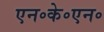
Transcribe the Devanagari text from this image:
एन॰के॰एन॰